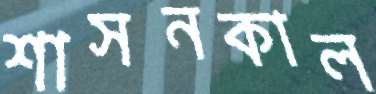
শাসনকাল